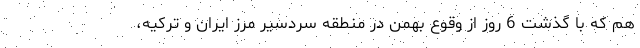
هم كه با گذشت 6 روز از وقوع بهمن در منطقه سردسير مرز ايران و تركيه،